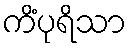
ကိံပုရိသာ